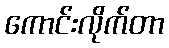
ကောင်းလိုက်တာ